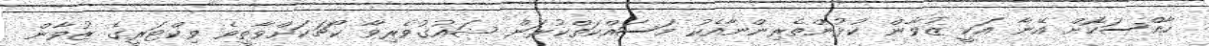
ހާއްސަކޮށް އޭނާ އަކީ ޒުވާން ކުޅުންތެރިންނާއެކު މަސައްކަތްކުރަން ޝައުގުވެރިވާ ކޯޗަކަށްވާތީވެ ވިކްޓަރީގެ ޒުވާން